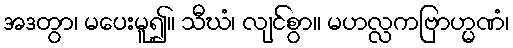
အဒတွာ၊ မပေးမူ၍။ သီဃံ၊ လျင်စွာ။ မဟလ္လကဗြာဟ္မဏံ၊